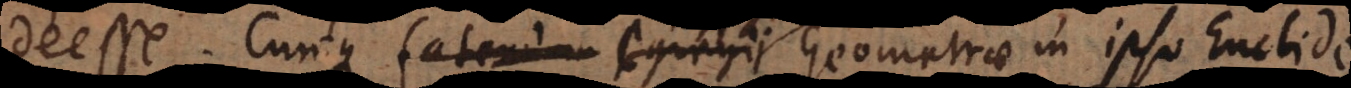
deesse. Cumque fatendum egregii Geometrae in ipso Euclide